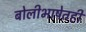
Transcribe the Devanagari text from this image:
बोलीभाषेतही